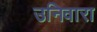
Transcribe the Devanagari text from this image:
उनिवारा